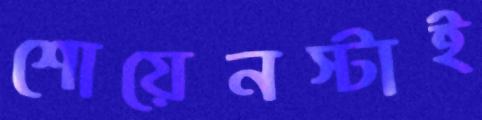
শোয়েনস্টাই